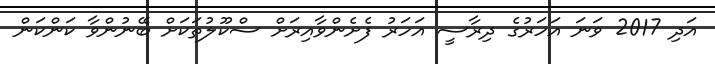
އަދި 2017 ވަނަ އަހަރުގެ ދިރާސީ އަހަރު ފެށެންވާއިރަށް ސްކޫލުތަކަށް ބޭނުންވާ ކަންކަން